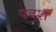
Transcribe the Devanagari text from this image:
पदश